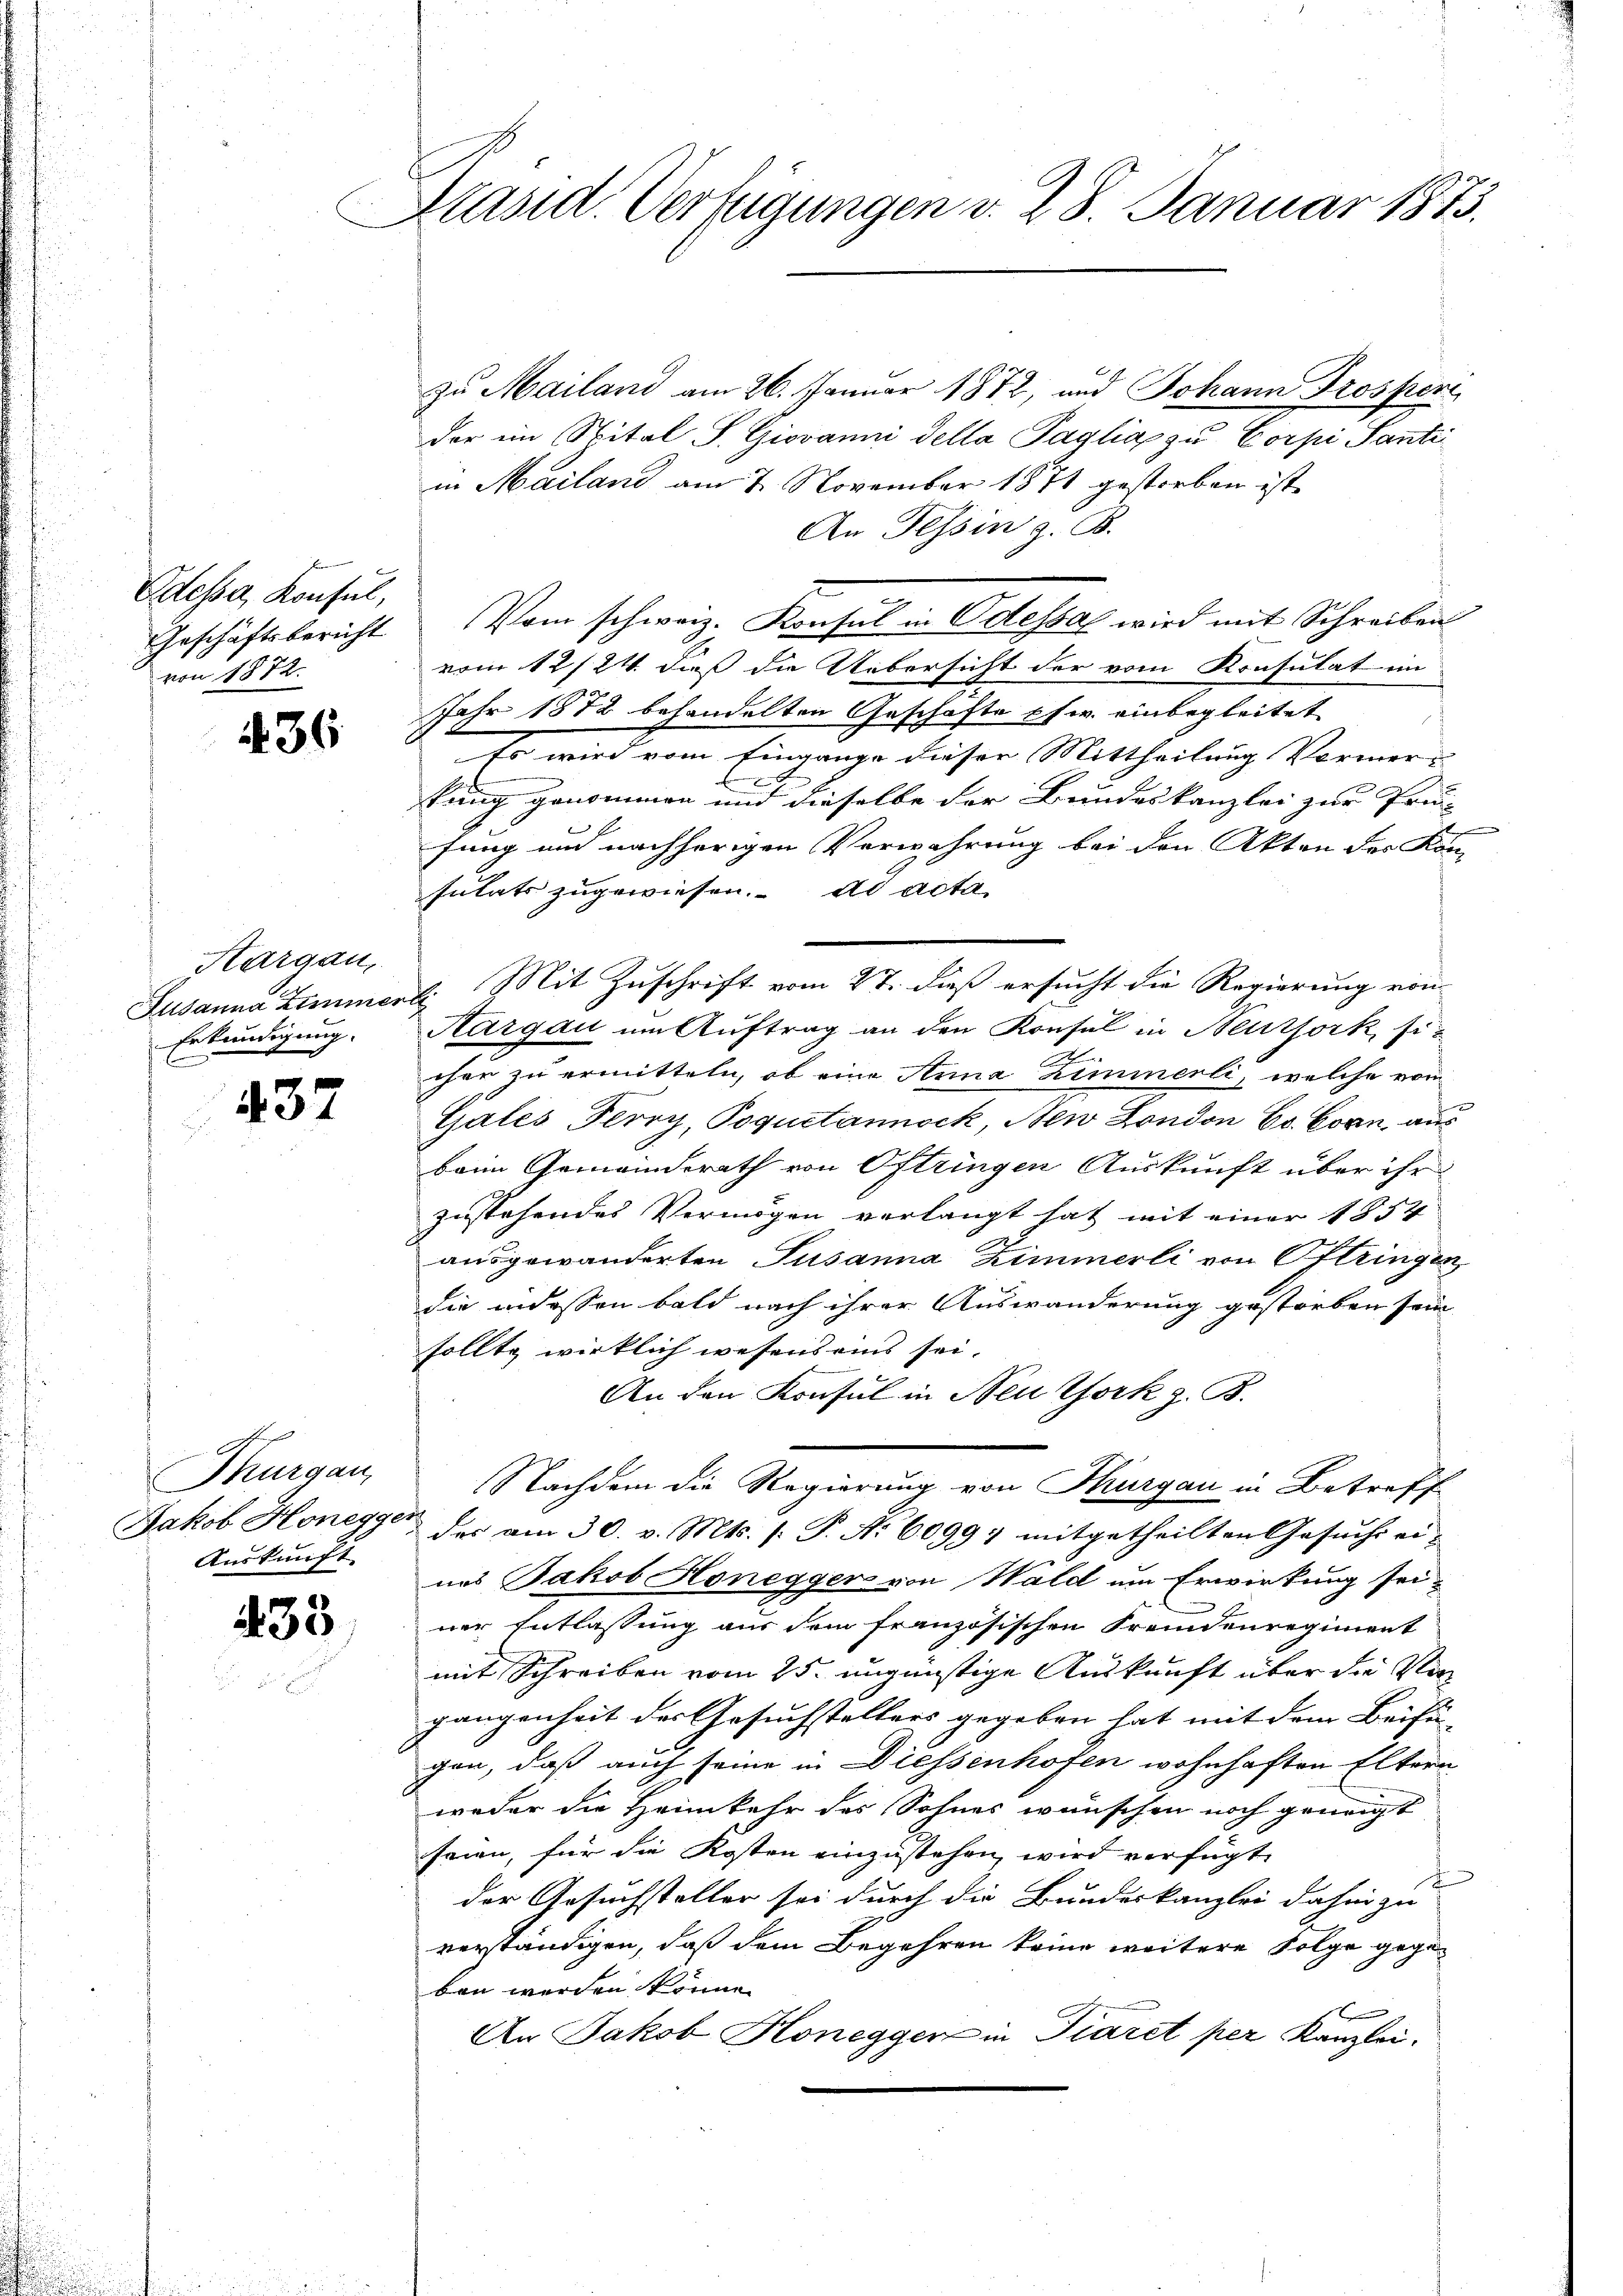
Odessa, Konsul,
Geschäftsbericht
von 1872.

436

Aargau,
Erkundigung.

437

G
Thurgau,
Jakob Honegger
Auskunft

435

Präsid. Verfügungen v. 28. Januar 1873.

zu Mailand am 26. Januar 1872, und Johann Prosperi
der im Spital S. Giovanni della Paglia zu Corpi Santi
in Mailand am 7. November 1871 gestorben ist,
An Tessin z. B.
.
Vom schweiz. Konsul in Odessa wird mit Schreiben
vom 12/24. dieß die Uebersicht der vom Konsulat im
Jahr 1872 behandelten Geschäfte pfw. einbegleitet
f
Es wird vom Eingange dieser Mittheilung Vormerkung genommen und dieselbe der Bundeskanzlei zur Prü-
fung und nachherigen Verwahrung bei den Akten des Kon-
sulats zugewiesen. ad acta
Jusanna Zimmerli Mit Zuschrift vom 27. dieß ersucht die Regierung von
Aargau um Auftrag an den Konsul in Benzsork si¬
.
chen zu ermitteln, ob eine Anna Zimmerli, welche vom
Gales Perry, Poquitannock, New London Co. Evan, aus
beim Gemeinderath von Oftringen Auskunft über ihr
zustehendes Vermögen verlangt hat mit einer 1854
9
ausgewanderten Susanna Zimmerli von Oftringen
die indessen bald nach ihrer Auswanderung gestorben sein
sollte wirklich wesens eins sei.
An den Konsul in Neuthork z. B.
Nachdem die Regierung von Thurgau in Betreff
des am 30. v. Mts. s. T. No 60997 mitgetheilten Gesuche ei-
nes Jakob Honegger von Wald um Erwirkung sei-
ner Entlassung aus dem französischen Fremdenregiment
mit Schreiben vom 25. ungünstige Auskunft über die Vorgangenheit des Gesuchstellers gegeben hat mit dem Beifü- |
gen, daß auch seine in Diessenhofen wohnhaften Eltern
weder die Heimkehr des Sohnes wünschen noch geneigt
seien, für die Kosten einzustehen, wird verfügt
c
der Gesuchsteller sei durch die Bundeskanzlei dahin zu
verständigen, daß dem Begehren keine weitere Folge gegeben werden könne.
An Jakob Honegger in Tieret per Kanzlei.